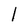
Character: l